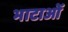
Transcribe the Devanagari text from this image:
भाटाओं